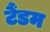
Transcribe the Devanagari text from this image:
टैंडम